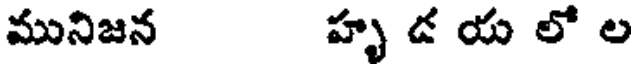
మునిజన హృ డ య లో ల